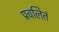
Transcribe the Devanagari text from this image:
प्रचलितं